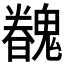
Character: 𩴏